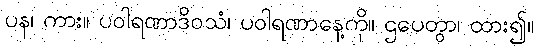
ပန၊ ကား။ ပဝါရဏာဒိဝသံ၊ ပဝါရဏာနေ့ကို။ ဌပေတွာ၊ ထား၍။